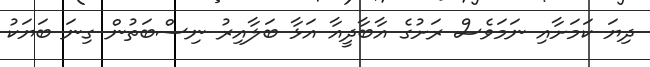
ދިޔަ ކަމަށާއި ނަމަވެސް ރަށުގެ އާބާދީއާ އަޅާ ބަލާއިރު ނިސްބަތުން ގިނަ ބަޔަކު